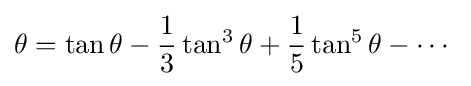
\theta =\tan \theta -{\frac {1}{3}}\tan ^{3}\theta +{\frac {1}{5}}\tan ^{5}\theta -\cdots \